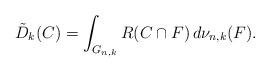
LaTeX: \begin{align*}\tilde{D}_k(C)=\int_{G_{n,k}}R(C\cap F)\,d\nu_{n,k}(F).\end{align*}